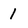
Character: 1